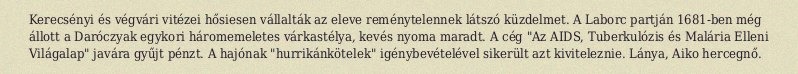
Kerecsényi és végvári vitézei hősiesen vállalták az eleve reménytelennek látszó küzdelmet. A Laborc partján 1681-ben még állott a Daróczyak egykori háromemeletes várkastélya, kevés nyoma maradt. A cég "Az AIDS, Tuberkulózis és Malária Elleni Világalap" javára gyűjt pénzt. A hajónak "hurrikánkötelek" igénybevételével sikerült azt kiviteleznie. Lánya, Aiko hercegnő.